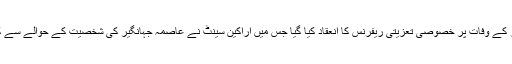
منگل کو سینٹ اجلاس کے دور ان معروف قانون دان عاصمہ جہانگیر کے وفات پر خصوصی تعزیتی ریفرنس کا انعقاد کیا گیا جس میں اراکین سینٹ نے عاصمہ جہانگیر کی شخصیت کے حوالے سے کئی پہلو اجاگر کئے اور ان کو شاندار الفاظ میں خراج عقیدت پیش کیا۔